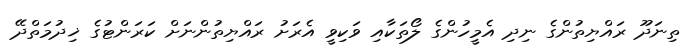
ތިނަދޫ ރައްޔިތުންގެ ނިދި އެމީހުންގެ ލޯތަކާއި ވަކިވީ އެރަށު ރައްޔިތުންނަށް ކަރަންޓުގެ ޚިދުމަތްދޭ